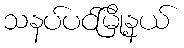
သနပ်ပင်မြို့နယ်